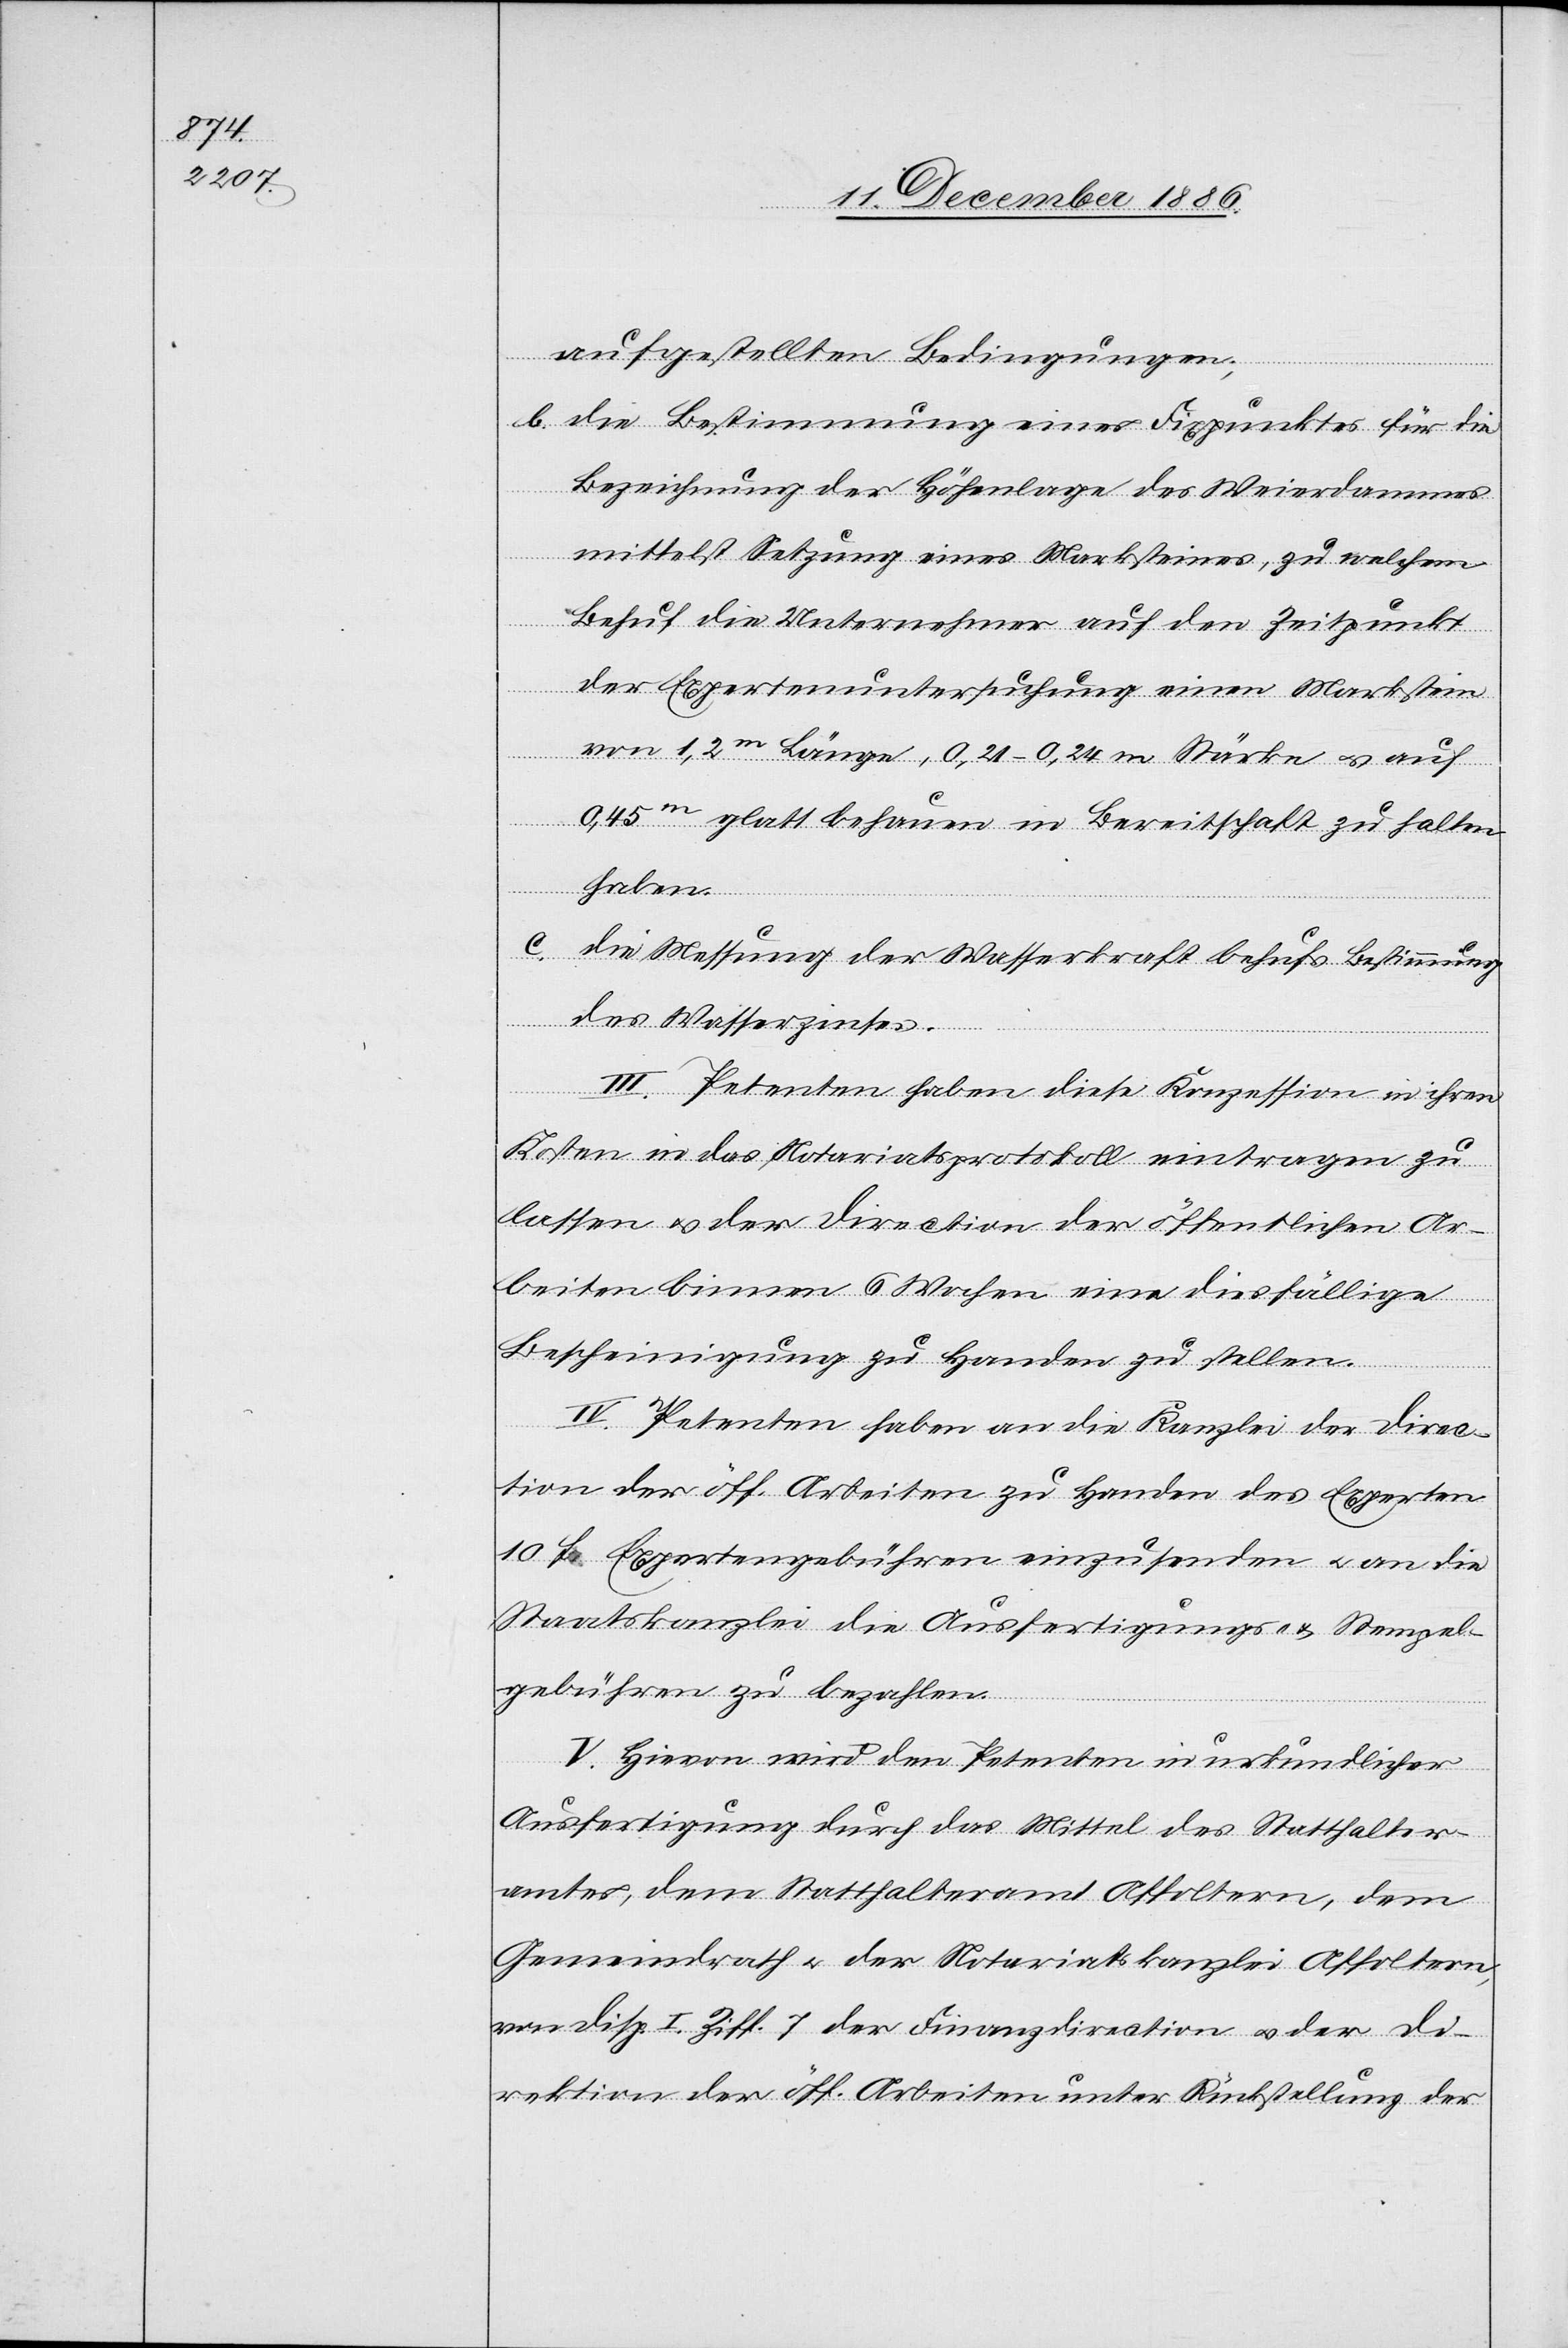
aufgestellten Bedingungen;
b. die Bestimmung eines Fixpunktes für die
Bezeichnung der Höhenlage des Weierdammes
mittelst Setzung eines Marksteines, zu welchem
Behuf die Unternehmer auf den Zeitpunkt
der Expertenuntersuchung einen Markstein
von 1,2m Länge, 0,21–0,24 m Stärke & auf
0,45m glatt behauen in Bereitschaft zu halten
haben.
c. die Messung der Wasserkraft behufs Bestimmung
des Wasserzinses.
III. Petenten haben diese Konzession in ihren
Kosten in das Notariatsprotokoll eintragen zu
lassen & der Direction der öffentlichen Ar¬
beiten binnen 6 Wochen eine diesfällige
Bescheinigung zu Handen zu stellen.
IV. Petenten haben an die Kanzlei der Direc¬
tion der öff. Arbeiten zu Handen des Experten
10 Fr. Expertengebühren einzusenden & an die
Staatskanzlei die Ausfertigungs- & Stempel¬
gebühren zu bezahlen.
V. Hievon wird den Petenten in urkundlicher
Ausfertigung durch das Mittel des Statthalter¬
amtes, dem Statthalteramt Affoltern, dem
Gemeindrath & der Notariatskanzlei Affoltern,
von Disp. I. Ziff. 7 der Finanzdirection & der Di¬
rektion der öff. Arbeiten unter Rückstellung der